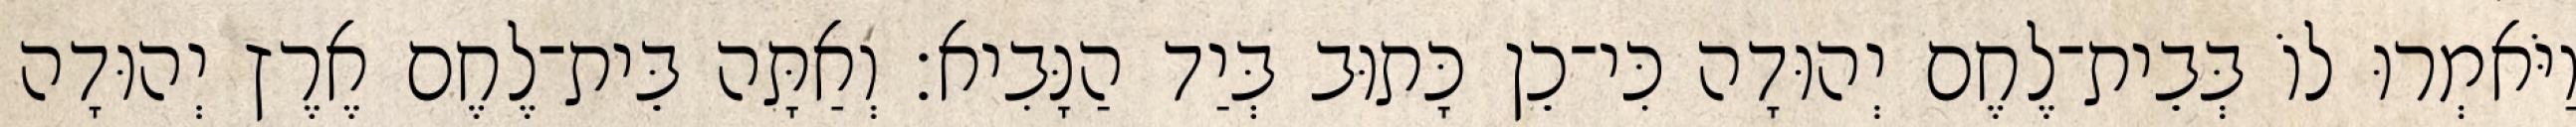
וַיֹּאמְרוּ לוֹ בְּבֵית־לֶחֶם יְהוּדָה כִּי־כֵן כָּתוּב בְּיַד הַנָּבִיא׃ וְאַתָּה בֵּית־לֶחֶם אֶרֶץ יְהוּדָה